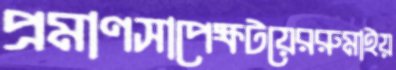
প্রমাণসাপেক্ষটয়েররুমাইয়